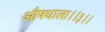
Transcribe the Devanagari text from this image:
औषधाला।।३।।